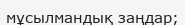
мұсылмандық заңдар;